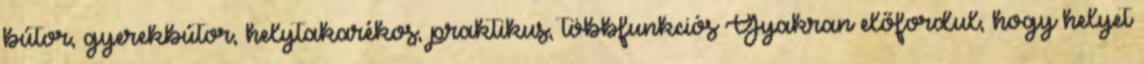
bútor, gyerekbútor, helytakarékos, praktikus, többfunkciós Gyakran előfordul, hogy helyet